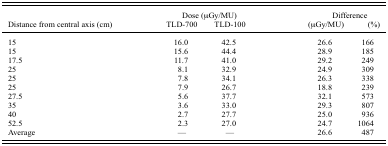
<table><thead><tr><td></td><td colspan="2"><b>Dose (μGy/MU)</b></td><td colspan="2"><b>Difference</b></td></tr><tr><td><b>Distance from central axis (cm)</b></td><td><b>TLD‐700</b></td><td><b>TLD‐100</b></td><td><b>(μGy/MU)</b></td><td><b>(%)</b></td></tr></thead><tbody><tr><td>15</td><td>16.0</td><td>42.5</td><td>26.6</td><td>166</td></tr><tr><td>15</td><td>15.6</td><td>44.4</td><td>28.9</td><td>185</td></tr><tr><td>17.5</td><td>11.7</td><td>41.0</td><td>29.2</td><td>249</td></tr><tr><td>25</td><td>8.1</td><td>32.9</td><td>24.9</td><td>309</td></tr><tr><td>25</td><td>7.8</td><td>34.1</td><td>26.3</td><td>338</td></tr><tr><td>25</td><td>7.9</td><td>26.7</td><td>18.8</td><td>239</td></tr><tr><td>27.5</td><td>5.6</td><td>37.7</td><td>32.1</td><td>573</td></tr><tr><td>35</td><td>3.6</td><td>33.0</td><td>29.3</td><td>807</td></tr><tr><td>40</td><td>2.7</td><td>27.7</td><td>25.0</td><td>936</td></tr><tr><td>52.5</td><td>2.3</td><td>27.0</td><td>24.7</td><td>1064</td></tr><tr><td>Average</td><td>—</td><td>—</td><td>26.6</td><td>487</td></tr></tbody></table>